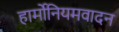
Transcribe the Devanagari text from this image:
हार्मोनियमवादन